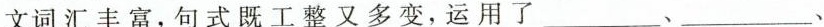
文词汇丰富，句式既工整又多变，运用了___、___、